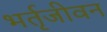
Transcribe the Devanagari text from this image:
भर्तृजीवन